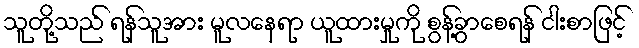
သူတို့သည် ရန်သူအား မူလနေရာ ယူထားမှုကို စွန့်ခွာစေရန် ငါးစာဖြင့်